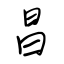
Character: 昌